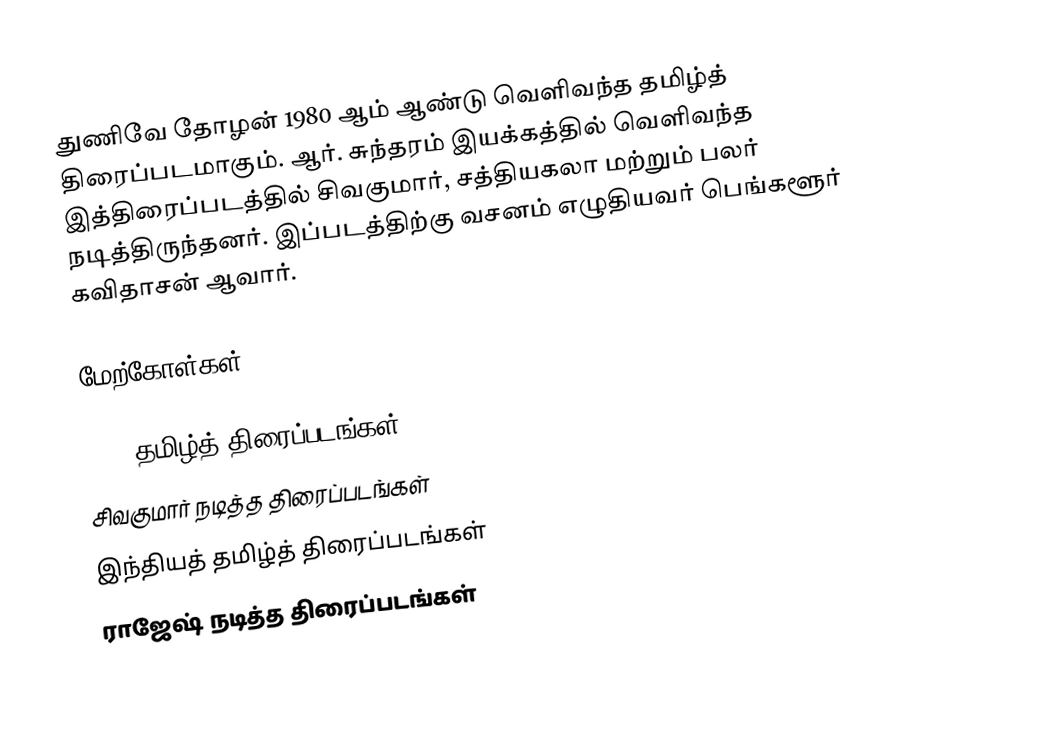
துணிவே தோழன் 1980 ஆம் ஆண்டு வெளிவந்த தமிழ்த் திரைப்படமாகும். ஆர். சுந்தரம் இயக்கத்தில் வெளிவந்த இத்திரைப்படத்தில் சிவகுமார், சத்தியகலா மற்றும் பலர் நடித்திருந்தனர். இப்படத்திற்கு வசனம் எழுதியவர் பெங்களூர் கவிதாசன் ஆவார்.

மேற்கோள்கள்

1980 தமிழ்த் திரைப்படங்கள்
சிவகுமார் நடித்த திரைப்படங்கள்
இந்தியத் தமிழ்த் திரைப்படங்கள்
ராஜேஷ் நடித்த திரைப்படங்கள்